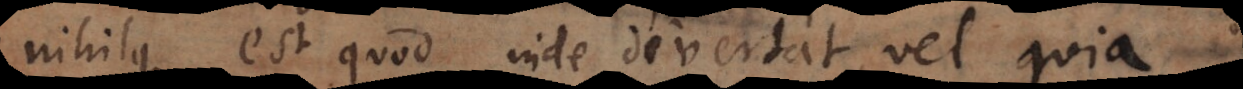
nihilque est quod inde divertat, vel quia